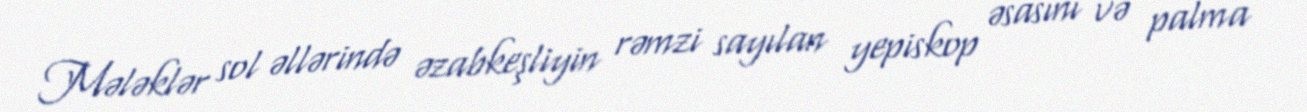
Mələklər sol əllərində əzabkeşliyin rəmzi sayılan yepiskop əsasını və palma